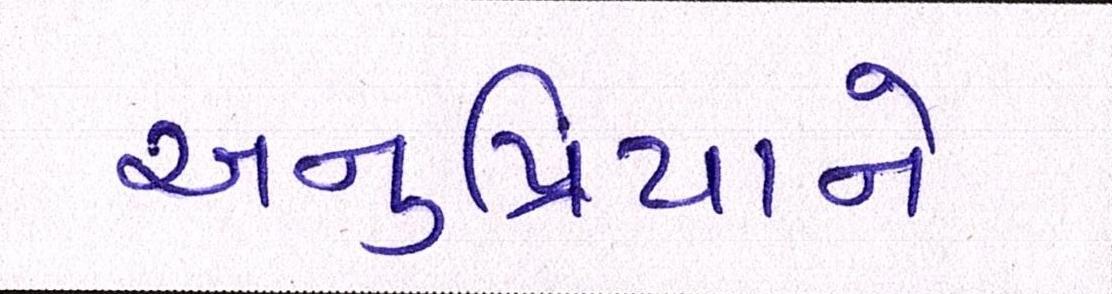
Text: અનુપ્રિયાને